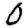
Digit: 0